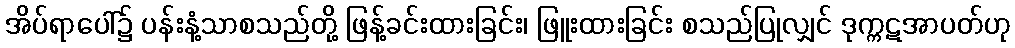
အိပ်ရာပေါ်၌ ပန်းနံ့သာစသည်တို့ ဖြန့်ခင်းထားခြင်း၊ ဖြူးထားခြင်း စသည်ပြုလျှင် ဒုက္ကဋအာပတ်ဟု